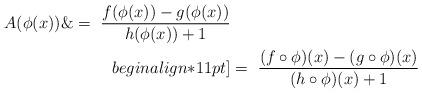
LaTeX: \begin{align*}A(\phi(x)) \&= \ \frac{f(\phi(x)) - g(\phi(x))}{h(\phi(x)) + 1}\\begin{align*}11pt]&=\ \frac{(f \circ \phi) (x) - (g \circ \phi) (x)}{(h \circ \phi)(x) + 1}\end{align*}